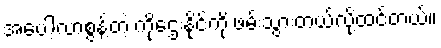
အပေါ့လာစွန့်တဲ့ ကိုဌေးနိုင်ကို ဖမ်းသွားတယ်လို့ထင်တယ်။